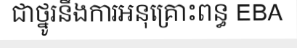
ជាថ្នូរនឹងការអនុគ្រោះពន្ធ EBA